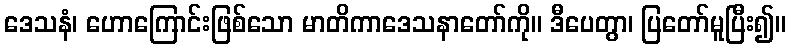
ဒေသနံ၊ ဟောကြောင်းဖြစ်သော မာတိကာဒေသနာတော်ကို။ ဒီပေတွာ၊ ပြတော်မူပြီး၍။